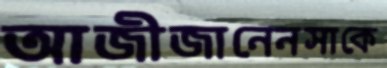
আজীজানেনসাকে